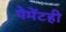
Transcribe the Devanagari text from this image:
पेमेंटही